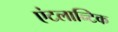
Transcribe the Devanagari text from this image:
एंटलान्टिक